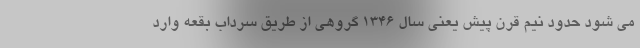
می شود حدود نیم قرن پیش یعنی سال 1346 گروهی از طریق سرداب بقعه وارد